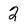
Character: 2